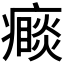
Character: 𭼮